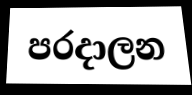
පරදාලන